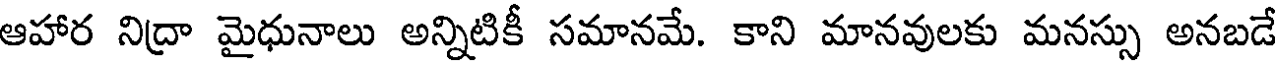
ఆహార నిద్రా మైధునాలు అన్నిటికీ సమానమే. కాని మానవులకు మనస్సు అనబడే